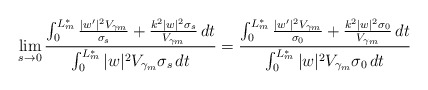
\begin{align*}\lim_{s \to 0} \frac{\int_0^{L_m^*} \frac{|w'|^2 V_{\gamma_m}}{\sigma_s}+\frac{k^2|w|^2 \sigma_s}{V_{\gamma_m}} \,dt}{\int_0^{L_m^*} |w|^2 V_{\gamma_m} \sigma_s \,dt}=\frac{\int_0^{L_m^*} \frac{|w'|^2 V_{\gamma_m}}{\sigma_0}+\frac{k^2|w|^2 \sigma_0}{V_{\gamma_m}} \,dt}{\int_0^{L_m^*} |w|^2 V_{\gamma_m} \sigma_0 \,dt}\end{align*}